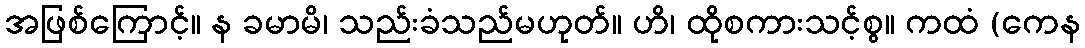
အဖြစ်ကြောင့်။ န ခမာမိ၊ သည်းခံသည်မဟုတ်။ ဟိ၊ ထိုစကားသင့်စွ။ ကထံ (ကေန